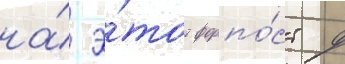
на́ э́тот форпо́ст д